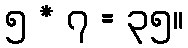
၅ * ၇ = ၃၅။